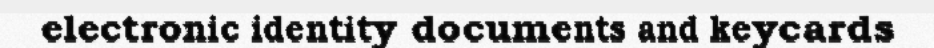
electronic identity documents and keycards